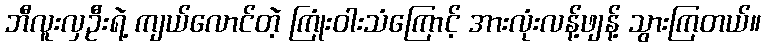
ဘီလူးလှဦးရဲ့ ကျယ်လောင်တဲ့ ကြုံးဝါးသံကြောင့် အားလုံးလန့်ဖျန့် သွားကြတယ်။